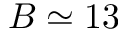
B \simeq 1 3